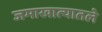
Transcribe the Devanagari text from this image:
जमाखात्यातले